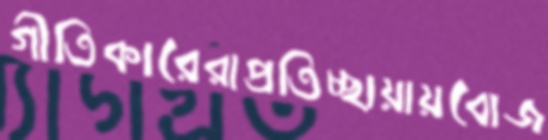
গীতিকারেরাপ্রতিচ্ছায়ায়বোজ